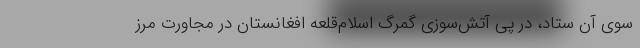
سوی آن ستاد، در پی آتش‌سوزی گمرگ اسلام‌قلعه افغانستان در مجاورت مرز